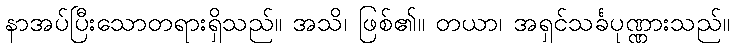
နာအပ်ပြီးသောတရားရှိသည်။ အသိ၊ ဖြစ်၏။ တယာ၊ အရှင်သင်္ခပုဏ္ဏားသည်။